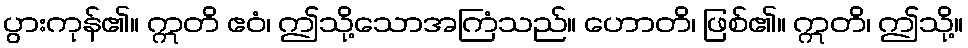
ပွားကုန်၏။ ဣတိ ဧဝံ၊ ဤသို့သောအကြံသည်။ ဟောတိ၊ ဖြစ်၏။ ဣတိ၊ ဤသို့။